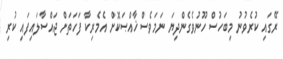
ރޭގައި ކުރެވުނު މިބަހުސް ހޫނުވެގެންދިޔަ ނަމަވެސް ޚާއްޞަކޮށް އެމެރިކާ ފަހަތަށް ޖައްސާލައިފައި ކުރި